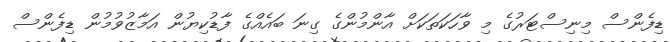
ޑިފެންސް މިނިސްޓަރުގެ މި ވާހަކަތަކަށް އާންމުންގެ ގިނަ ބައެއްގެ ފާޑުކިޔުން އަމާޒުވުމުން ޑިފެންސް